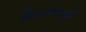
મિઠાસવાળી